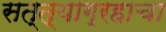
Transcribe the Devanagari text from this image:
सत्त्याग्रहाचा